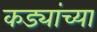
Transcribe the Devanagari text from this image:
कड्यांच्या